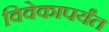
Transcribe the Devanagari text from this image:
विवेकापर्यंत